Civil Veterinary Dept. Bombay admin report 1932-41 - 1932-1941
Year: 1932
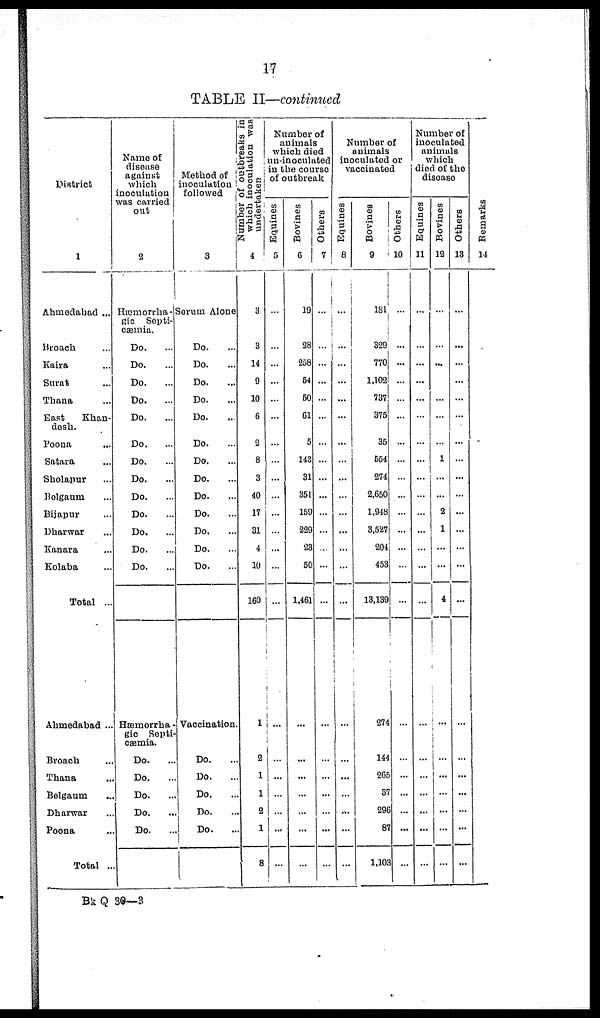
17
TABLE II—continued
District
1
Ahmedabad ...
Broach ...
Kaira ...
Surat ...
Thana ...
East
Khan-
desh.
Poona ...
Satara ...
Sholapur ...
Belgaum ...
Bijapur ...
Dharwar ...
Kanara ...
Kolaba ...
Total ...
Ahmedabad ...
Broach ...
Thana ...
Belgaum ...
Dharwar ...
Poona ..
Total ..
Name of
disease
against
which
inoculation
was carried
out
2
Hæmorrha-
gic Septi-
cæmia.
Do. ...
Do. ...
Do. ...
Do. ...
Do. ...
Do. ...
Do. ...
Do. ...
Do. ...
Do. ...
Do. ...
Do. ...
Do. ...
Hæmorrha-
gic Septi-
cæmia.
Do. ...
Do. ...
Do. ...
Do. ...
Do. ...
Method of
inoculation
followed
3
Serum Alone
Do. ...
Do. ...
Do. ...
Do. ...
Do. ...
Do. ...
Do. ...
Do. ...
Do. ...
Do. ...
Do. ...
Do. ...
Do. ...
Vaccination.
Do. ...
Do. ...
Do. ...
Do. ...
Do. ...
Number of outbreaks in
which inoculation was!
undertaken
4
3
3
14
9
10
6
2
8
3
40
17
31
4
10
160
1
2
1
1
2
1
8
Number of
animals
which died
un-inoculated
in the course
of outbreak
Equines
5
...
...
...
...
...
...
...
...
...
...
...
...
...
...
...
...
...
...
...
...
...
...
Bovines
6
19
28
258
54
50
61
5
143
31
351
159
229
23
50
1,461
...
...
...
...
...
...
...
Others
7
...
...
...
...
...
...
...
...
...
...
...
...
...
...
...
...
...
...
...
...
...
...
Number of
animals
inoculated or
vaccinated
Equines
8
...
...
...
...
...
...
...
...
...
...
...
...
...
...
...
...
...
...
...
...
...
...
Bovines
9
181
329
770
1,102
737
375
35
554
274
2,650
1,948
3,527
204
453
13,139
274
144
265
37
296
87
1,103
Others
10
...
...
...
...
...
...
...
...
...
...
...
...
...
...
...
...
...
...
...
...
...
...
...
Number of
inoculated
animals
which
died of the
disease
Equines
11
...
...
...
...
...
...
...
...
...
...
...
...
...
...
...
...
...
...
...
...
...
...
...
Bovines
12
...
...
...
...
...
...
...
...
1
...
...
2
1
...
...
4
...
...
...
...
...
...
...
Others
13
...
...
...
...
...
...
..
...
...
...
...
...
...
...
...
...
...
...
...
...
...
...
...
Remarks
14
Bk Q 30—3